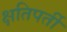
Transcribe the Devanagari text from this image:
क्षतिपर्ती